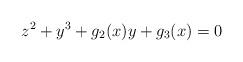
LaTeX: \begin{align*} z^2 + y^3 + g_2(x)y + g_3(x) = 0\end{align*}